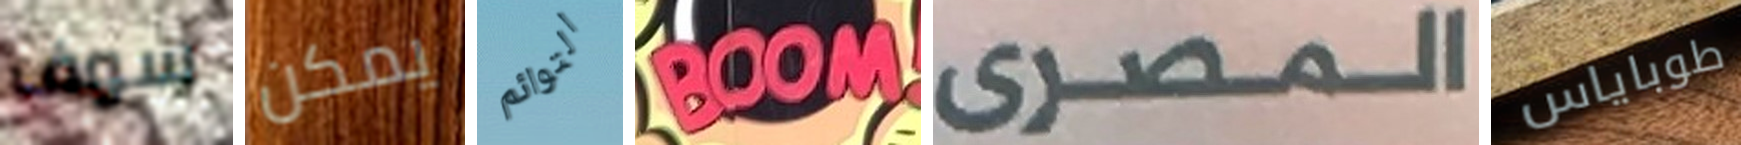
سوف يمكن التوائم BOOM المصرى طوباياس